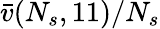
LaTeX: \bar{v}(N_{s},11)/N_{s}